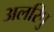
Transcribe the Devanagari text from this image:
अलरिपु